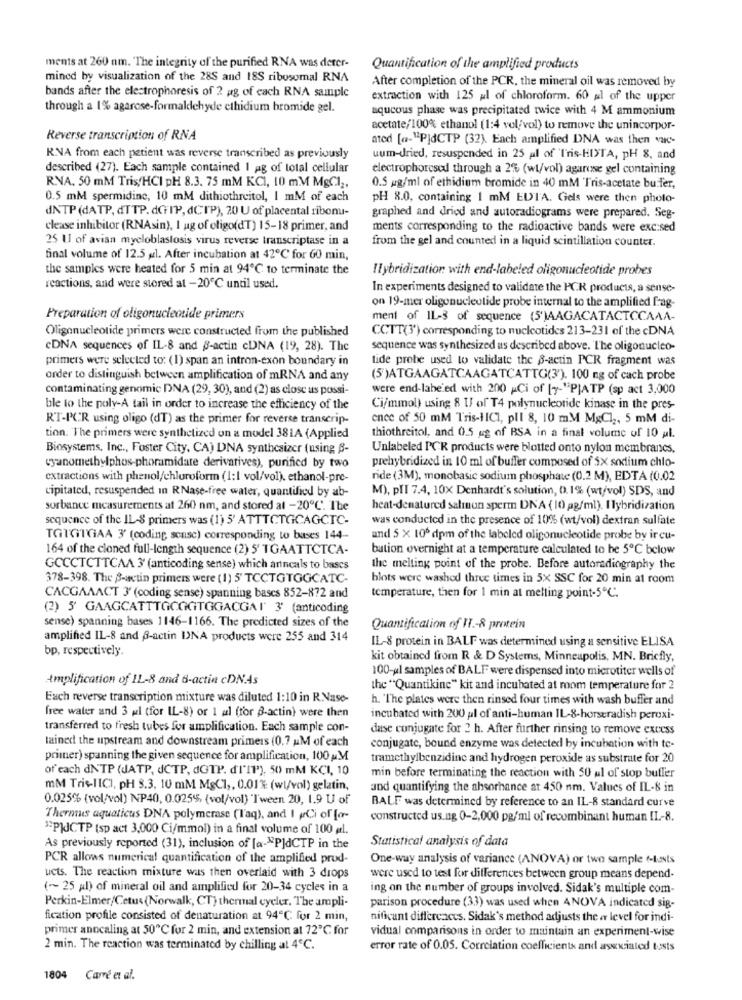
ments at 260 nm. The integrity of the purified RNA was derer-
Quantification of the amplified products
mined by visualization of the 285 and 18S ribosomal RNA
bands after the electrophoresis of 2 ag of cach RNA sample
After completion of the PCR, the mineral oil was removed by
extraction with 125 al of chloroform. 60 al of the upper
through a 1% agarose-formaldehyde ethidium bromide gel.
aqucous phase was precipitated twice with 4 M ammonium
acetate/100% ethanol (1:4 vol/vol) to remove the unincorpor-
Reverse transcription of RNA
ated [a-"PJdCTP (32). Each amplified DNA was then vac-
R.NA from each patient was reverse transcribed as previously
uum-dried, resuspended in 25 al of Tris-HITA, pH 8, and
described (27). Each sample contained I ag of total cellular
electrophoresod through a 2% (wt/vol) agarose gel containing
R.NA. 50 mM Tris/HCI pH 8.3. 75 mM KCI, 10 mM MgCl2,
0.5 mg/ml of ethidium bromide in 40 mM Tris-acetate buffer,
0.5 mM spermidine, 10 mM dithiothreitol, I mM of each
pH 8.0, containing 1 mM EUIA. Gels were then photo-
dNTP (dATP, dTTP. dGIP, dCTP), 20 U of placental ribonu-
graphed and dried and autoradiograms were prepared. Seg-
clease inhibitor (RNAsin), I ag of oligo(dT) 15-18 primer, and
ments corresponding to the radioactive bands were excised
25 U of avian myeloblaslosis virus reverse transcriptase in a
from the gel and counted in a liquid scintillation counter.
final volume of 12.5 al. After incubation at 42℃ for 60 min,
the samples were heated for 5 min at 94℃ to terminate the
Ilybridization with end-labeled oligonucleotide probes
reactions, and were stored at -20℃ until used.
In experiments designed to validate the PCR products, a sense-
on 19-mer oligonucleotide probe internal to the amplified frag-
Preparation of oligonucleotide primers
ment of IL-s of sequence (5')AAGACATACTCCAAA-
Oligonucleotide primers were constructed from the published
CCTT(3') corresponding to nucleotides 213-231 of the cDNA
cDNA sequences of IL-8 and B-actin cDNA (19, 28). The
sequence was synthesized as described above. The oligonucleo-
primers were selected to: (1) span an intron-exon boundary in
tide probe used to validate the B-actin PCR fragment was
order to distinguish between amplification of mRNA and any
(5 )ATGAAGATCAAGATCATTG(3'). 100 ng of cach probe
contaminating genomic DNA (29, 30), and (2) as close us possi-
were end-labe'ed with 200 ACi of [7-"PJATP (sp act 3,000
ble to the poly-A tail in order to increase the efficiency of the
Ci/mmol) using 8 U of T4 polynucleotide kinase in the pres-
RT-PCR using oligo (dT) as the primer for reverse transcrip-
ence of 50 mM Tris-1ICI, pll 8, 10 mM MgCl2, 5 mM di-
tion. The primers were synthetized on a model 381A (Applied
thiothreitol, and 0.5 ug of BSA in a final volume of 10 al.
Biosystems, Inc ., Foster City, CA) DNA synthesizer (using B-
Unlabeled PCR products were blotted onto nylon membrancs,
prehybridized in 10 ml of buffer composed of 5X sodium chlo-
cyanomethylphos-phoramidate derivatives), purified by two
extractions with phenol/chloroform (1:1 vol/vol). ethanol-pre-
ride (3M), monobasic sodium phosphate (0.2 M), EDTA (0.02
cipitated, resuspended in RNase-free water, quantified by ab-
M), PIT 7.4, 10X Denhardt's solution, 0.1% (wt/vol) SDS, and
sorbance measurements at 260 nm, and stored al -20℃'. The
heat-denatured salmon sperm DNA (10 pg/ml). Ilybridization
sequence of the IL-8 primers was (1) 5' ATTTCTGCAGCTC-
was conducted in the presence of 10% (wt/vol) dextran sulfate
TGTGITGAA 3' (coding scasc) corresponding to bases 144-
and 5 X 100 dpm of the labeled oligonucleotide probe by ir cu-
164 of the cloned full-length sequence (2) 5' TGAATTCTCA-
bation overnight at a temperature calculated to be 5℃ below
GCCCTCTTCAA 3' (anticoding sense) which anncals to bases
the melting point of the probe. Before autoradiography the
378-398. The B-actin primers were ( 1) 5' TCCTGTGGCATC-
blots were washed three times in 5X SSC for 20 min at room
CACGAAACT 3' (coding sense) spanning bascs 852-872 and
temperature, then for 1 min at melting point-5℃
(2) 5' GAAGCATTTGCGGTGGACGAI' 3' (anticoding
sense) spanning bases 1146-1166. The predicted sizes of the
Quantification of IT .- 8 protein
amplified IL-8 and @-actin UNA products were 255 and 314
IL-8 protein in BALF was determined using a sensitive ELISA
bp, respectively.
kit obtained from R & D Systems, Minneapolis, MN. Briefly,
100-ul samples of BALF were dispensed into microtiter wells of
Amplification of IL-8 and B-actin cDNAs
the "Quantikine" kit and incubated at room temperature for 2
Each reverse transcription mixture was diluted 1:10 in R. Nase-
h. The plates were then rinsed four times with wash buffer and
free water and 3 ul (for IL-8) or 1 al (for B-actin) were then
incubated with 200 ul of anti-human IL-8-horseradish peroxi-
transferred to fresh tubes for amplification. Each sample con-
dase conjugate for 2 h. After further rinsing to remove excess
tained the upstream and downstream primers (0.7 AM of each
conjugate, bound enzyme was detected by incubation with to-
primer) spanning the given sequence for amplification, 100 AM
tramethylbenzidine and hydrogen peroxide as substrate for 20
of each dNTP (dATP, dCTP, dGTP. d'l"I""), 50 mM KCI, 10
min before terminating the reaction with 50 ul of stop buffer
mM TrisIICI, pH 3.3, 10 mM M&C1 ,, 0.01% (wl/vol) gelatin,
and quantifying the ahsorhance at 450 nm. Values of IL-8 in
0.025% (vol/vol) NP40, 0.0255, (vol/vol) 'Tween 20, 1.9 U of
BALF was determined by reference to an IL-8 standard curve
Thermus aquaticus DNA polymerase (Taq), and I Ci of fo-
constructed us.ng 0-2,000 pg/ml of recombinant human IL-8.
"PIJCTP (sp act 3,000 Ci/mmol) in a final volume of 100 øl.
Statistical analysis of data
As previously reported (31), inclusion of [a-"PJdCTP in the
PCR allows numerical quantification of the amplified prud-
One-way analysis of variance (ANOVA) or two sample f-Lasts
ucts. The reaction mixture was then overlaid with 3 drops
were used to test for differences between group means depend-
( ~~ 25 ml) of mineral oil and amplified for 20-34 cycles in a
ing on the number of groups involved. Sidak's multiple com-
Perkin-Elmer/Cetus (Norwalk, CT) thermal cycler. The ampli-
parison procedure (33) was used when ANOVA indicated sig-
fication profile consisted of denaturation at 94℃ for 2 min,
nificant differences. Sidak's method adjusts the ar level for indi-
primer annealing at 50℃ for 2 min, and extension at 72℃ for
vidual comparisons in order to maintain an experiment-wise
2 min. The reaction was terminated by chilling at 4℃.
error rate of 0.05. Correlation coefficientx and asexiated tests
1804
Carre et al.